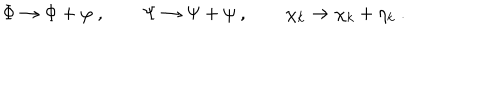
\Phi \to \Phi + \varphi \ , \qquad \Psi \to \Psi + \psi \ , \qquad \chi _ { k } \to \chi _ { k } + \eta _ { k } \ .